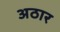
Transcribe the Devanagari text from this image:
अठार